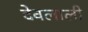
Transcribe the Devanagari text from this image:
देवलाली